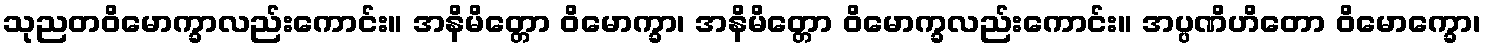
သုညတဝိမောက္ခာလည်းကောင်း။ အနိမိတ္တော ဝိမောက္ခာ၊ အနိမိတ္တော ဝိမောက္ခလည်းကောင်း။ အပ္ပဏိဟိတော ဝိမောက္ခော၊